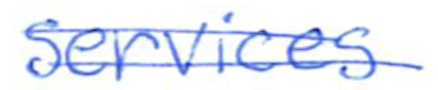
Text: services
Cross-out: double-line
Writing tool: ballpoint